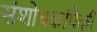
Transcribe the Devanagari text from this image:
संशोधकांपैकी